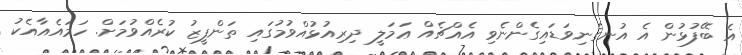
އެ ބޭފުޅުން އެ އުނގެނިވަޑައިގެންނެވި އެއްޗެއް ޢަމަލީ ދިރިއުޅުއްވުމުގައި ތަންފީޒު ކުރެއްވުމަށް. ހަމައެއާއެކު